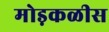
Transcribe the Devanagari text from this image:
मोड़कळीस